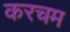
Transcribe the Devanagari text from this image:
करचम